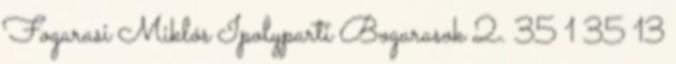
Fogarasi Miklós Ipolyparti Bogarasok 2. 35 1 35 13